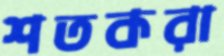
শতকরা